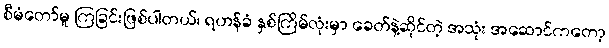
စီမံတော်မူ ကြခြင်းဖြစ်ပါတယ်၊ ရဟန်ခံ နှစ်ကြိမ်လုံးမှာ ခေတ်နဲ့ဆိုင်တဲ့ အသုံး အဆောင်ကတော့